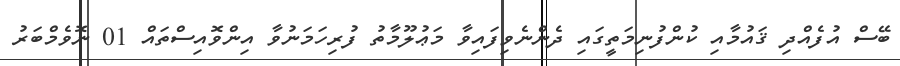
ބޭސް އުފެއްދި ޤައުމާއި ކުންފުނިމަތީގައި ދެންނެވިފައިވާ މަޢުލޫމާތު ފުރިހަމަނުވާ އިންވޮއިސްތައް 01 ނޮވެމްބަރު